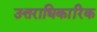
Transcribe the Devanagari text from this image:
उत्तराधिकारिक